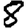
Digit: 8